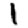
Digit: 1